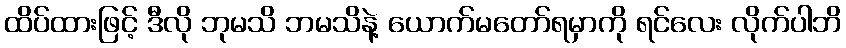
ထိပ်ထားဖြင့် ဒီလို ဘုမသိ ဘမသိနဲ့ ယောက်မတော်ရမှာကို ရင်လေး လိုက်ပါဘိ